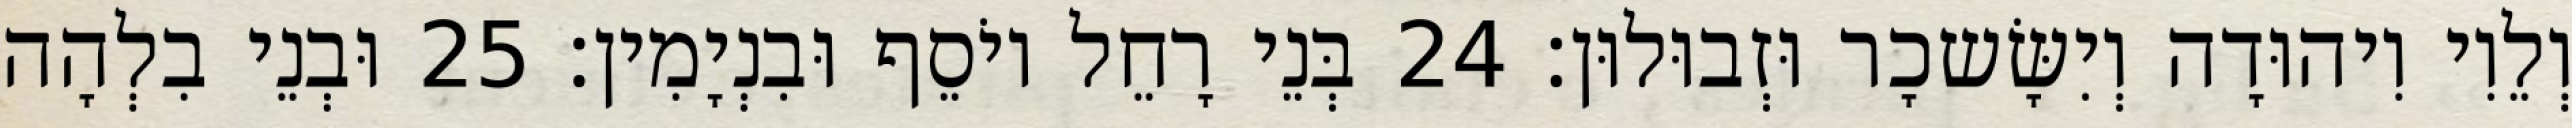
וְלֵוִי וִיהוּדָה וְיִשָּׂשכָר וּזְבוּלוּן׃ 24 בְּנֵי רָחֵל יוֹסֵף וּבִנְיָמִין׃ 25 וּבְנֵי בִלְהָה